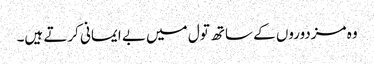
وہ مزدوروں کے ساتھ تول میں بے ایمانی کرتے ہیں۔